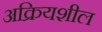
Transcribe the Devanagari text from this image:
अक्रियशील